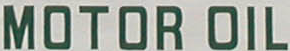
MOTOR OIL